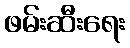
ဖမ်းဆီးရေး